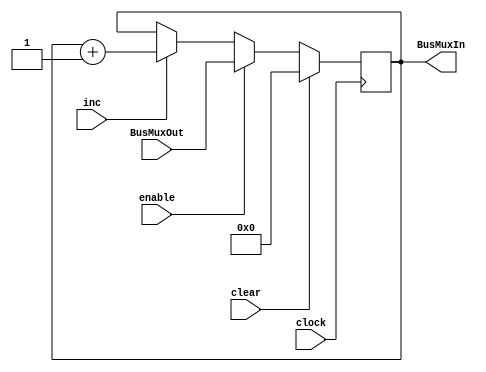
module PC_Register #(
    parameter DATA_WIDTH = 32,  // Typically, PC width matches the address space
    parameter INIT = 32'h00000000  // Default start address
)(
    input wire clock,
    input wire clear,
    input wire enable,
    input wire inc,  // Increment signal
    input wire [DATA_WIDTH-1:0] BusMuxOut,  // For loading specific address
    output wire [DATA_WIDTH-1:0] BusMuxIn  // PC value
);

reg [DATA_WIDTH-1:0] q;
initial q = INIT;

always @(posedge clock) begin
    if (clear) begin
        q <= INIT;  // Reset to initial address
    end 
    else if (enable) begin
        q <= BusMuxOut;  // Load a new address
    end 
    else if (inc) begin
        q <= q + 1;  // Increment PC to point to the next instruction
    end
end

assign BusMuxIn = q;

endmodule